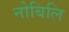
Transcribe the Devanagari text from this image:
नोबिलि